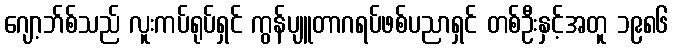
ဂျော့ဘ်စ်သည် လူးကပ်ရုပ်ရှင် ကွန်ပျူတာဂရပ်ဖစ်ပညာရှင် တစ်ဦးနှင့်အတူ ၁၉၈၆